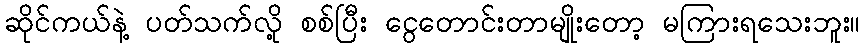
ဆိုင်ကယ်နဲ့ ပတ်သက်လို့ စစ်ပြီး ငွေတောင်းတာမျိုးတော့ မကြားရသေးဘူး။